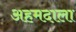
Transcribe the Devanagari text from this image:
अहमदाला